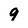
Character: 9